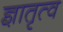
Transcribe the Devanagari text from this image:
ज्ञातृत्व